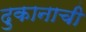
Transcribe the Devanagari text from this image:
दुकानाची